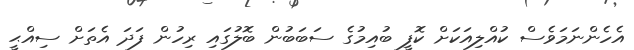
އެހެންނަމަވެސް ކުއްލިއަކަށް ކޮފީ ބުއިމުގެ ސަބަބުން ބޮލުގައި ރިހުން ފަދަ އެތަށް ސިއްޙީ